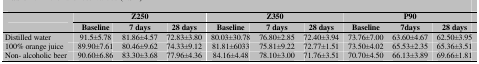
<table><thead><tr><td rowspan="2"></td><td colspan="3"><b>Z250</b></td><td colspan="3"><b>Z350</b></td><td colspan="3"><b>P90</b></td></tr><tr><td><b>Baseline</b></td><td><b>7 days</b></td><td><b>28 days</b></td><td><b>Baseline</b></td><td><b>7 days</b></td><td><b>28 days</b></td><td><b>Baseline</b></td><td><b>7days</b></td><td><b>28 days</b></td></tr></thead><tbody><tr><td> Distilled water </td><td> 91.5±5.78 </td><td> 81.86±4.57 </td><td> 72.83±3.80 </td><td> 80.03±30.78 </td><td> 76.80±2.85 </td><td> 72.40±3.94 </td><td> 73.76±7.00 </td><td> 63.60±4.67 </td><td> 62.50±3.95 </td></tr><tr><td> 100% orange juice </td><td> 89.90±7.61 </td><td> 80.46±9.62 </td><td> 74.33±9.12 </td><td> 81.81±6033 </td><td> 75.81±9.22 </td><td> 72.77±1.51 </td><td> 73.50±4.02 </td><td> 65.53±2.35 </td><td> 65.36±3.51 </td></tr><tr><td> Non- alcoholic beer </td><td> 90.60±6.86 </td><td> 83.30±3.68 </td><td> 77.96±4.36 </td><td> 84.16±4.48 </td><td> 78.10±3.00 </td><td> 71.76±3.51 </td><td> 70.70±4.50 </td><td> 66.13±3.89 </td><td> 69.66±1.81 </td></tr></tbody></table>